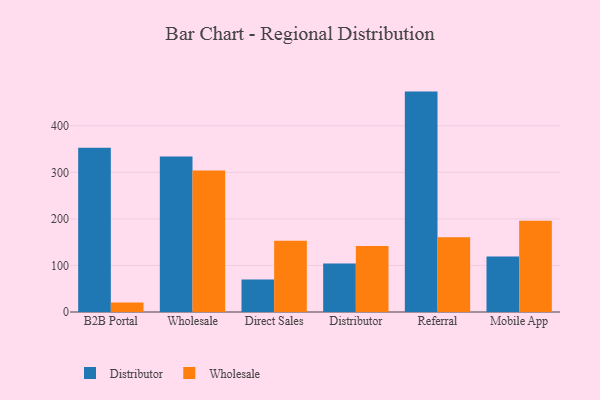
{"axis": {"x": "Channel", "y": "Production Output"}, "legend": ["Distributor", "Wholesale"], "data": [{"x": "B2B Portal", "y": 352.7, "type": "Distributor"}, {"x": "B2B Portal", "y": 20.3, "type": "Wholesale"}, {"x": "Wholesale", "y": 334.3, "type": "Distributor"}, {"x": "Wholesale", "y": 304.1, "type": "Wholesale"}, {"x": "Direct Sales", "y": 69.8, "type": "Distributor"}, {"x": "Direct Sales", "y": 153.0, "type": "Wholesale"}, {"x": "Distributor", "y": 104.2, "type": "Distributor"}, {"x": "Distributor", "y": 141.9, "type": "Wholesale"}, {"x": "Referral", "y": 473.5, "type": "Distributor"}, {"x": "Referral", "y": 160.5, "type": "Wholesale"}, {"x": "Mobile App", "y": 119.0, "type": "Distributor"}, {"x": "Mobile App", "y": 196.2, "type": "Wholesale"}]}